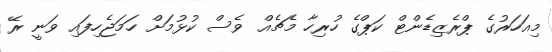
މިއަހަރުގެ ޕްރެޒިޑެންޓް ކަޕްގެ ހުރިހާ މެޗެއް ވެސް ކުޅުމަށް ހަމަޖެހިފައި ވަނީ ރޭ